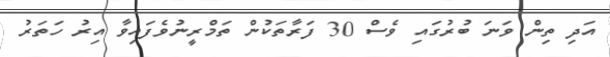
އަދި ތިން ވަނަ ބުރުގައި ވެސް 30 ފަރާތަކުން ތަމްރީނުވެފައިވާ އިރު ހަތަރު